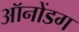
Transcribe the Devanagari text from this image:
ऑनोंडग